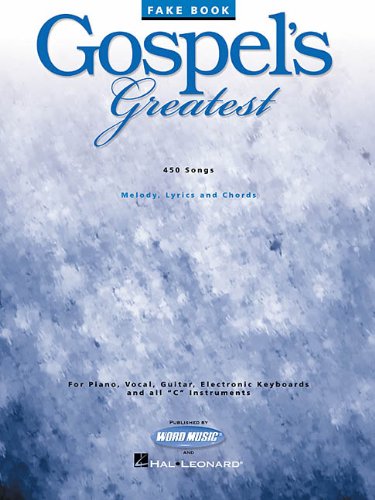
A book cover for Gospel's Greatest (Fake Books); Christian Books & Bibles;